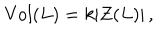
LaTeX: \mathrm { V o l } ( L ) = k | Z ( L ) | \, ,